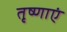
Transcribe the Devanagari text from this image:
तृष्णाएं